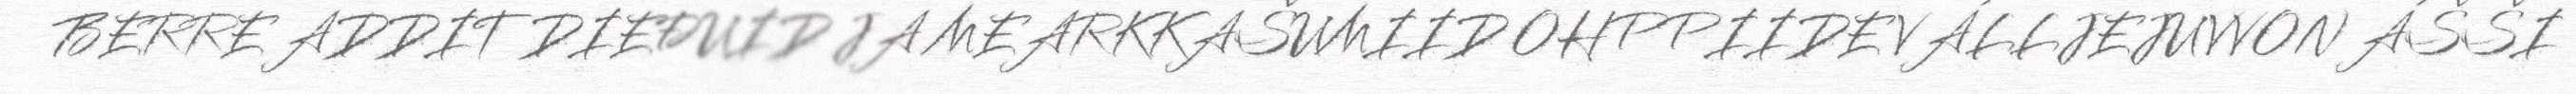
BERRE ADDIT DIEĐUID JA MEARKKAŠUMIID OHPPIIDE VÁLLJEJUVVON ÁŠŠI